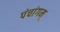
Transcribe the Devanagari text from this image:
पंचांगम्